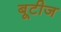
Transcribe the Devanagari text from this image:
बूटीज